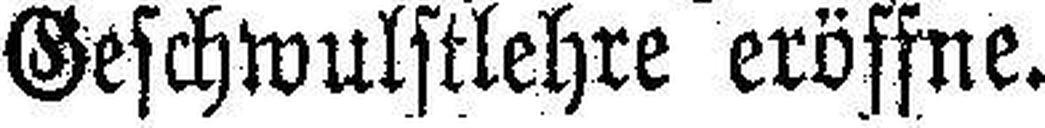
Geschwulstlehre eröffne.